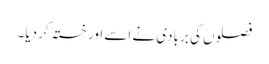
فصلوں کی بربادی نے اسے اور خستہ کر دیا۔